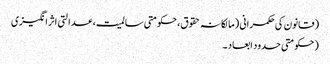
(قانون کی حکمرانی (مالکانہ حقوق، حکومتی سالمیت، عدالتی اثر انگیزی
(حکومتی حدود ابعاد ۔